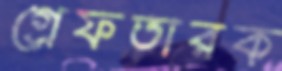
গ্রেফতারক